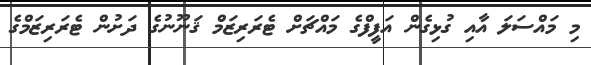
މި މައްސަލަ އާއި ގުޅިގެން އަފީފްގެ މައްޗަށް ޓެރަރިޒަމް ޤަނޫނުގެ ދަށުން ޓެރަރިޒަމްގެ